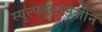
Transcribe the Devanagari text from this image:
स्युल्फासालेज़ीन